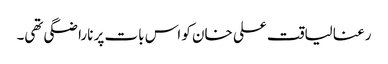
رعنا لیاقت علی خان کو اس بات پر ناراضگی تھی۔